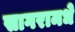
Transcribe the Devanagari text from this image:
सागरामधे